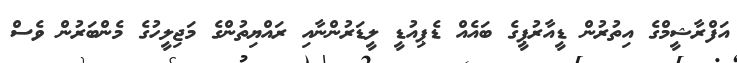
އަފްރާޝީމްގެ އިތުރުން ޑީއާރުޕީގެ ބައެއް ޑެޕިއުޑީ ލީޑަރުންނާއި ރައްޔިތުންގެ މަޖިލީހުގެ މެންބަރުން ވެސް